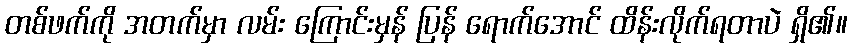
တစ်ဖက်ကို အတက်မှာ လမ်း ကြောင်းမှန် ပြန် ရောက်အောင် ထိန်းလိုက်ရတာပဲ ရှိ၏။